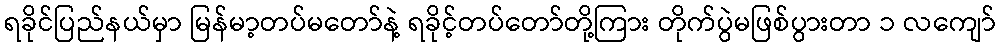
ရခိုင်ပြည်နယ်မှာ မြန်မာ့တပ်မတော်နဲ့ ရခိုင့်တပ်တော်တို့ကြား တိုက်ပွဲမဖြစ်ပွားတာ ၁ လကျော်